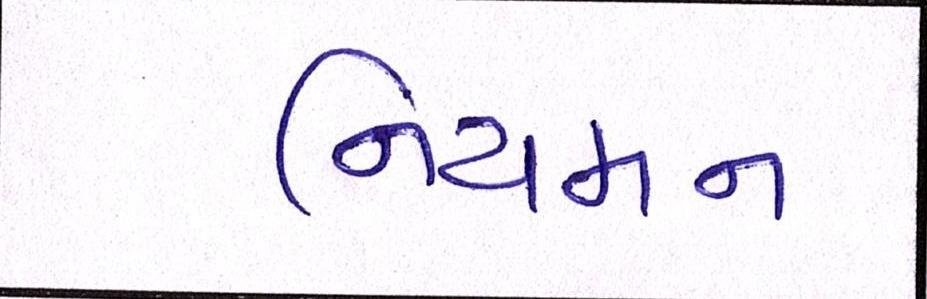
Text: નિયમન